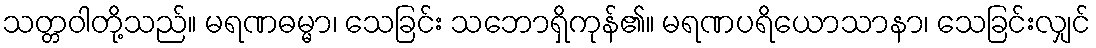
သတ္တဝါတို့သည်။ မရဏဓမ္မာ၊ သေခြင်း သဘောရှိကုန်၏။ မရဏပရိယောသာနာ၊ သေခြင်းလျှင်